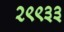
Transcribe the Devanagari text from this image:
२९९३३